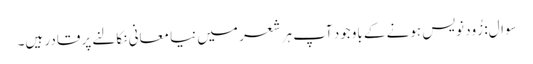
سوال: زُود نویس ہونے کے باوجود آپ ہر شعر میں نیا معانی نکالنے پر قادر ہیں۔